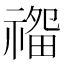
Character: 𰨏